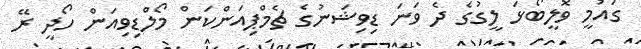
ގައުމީ ވޮލީބޯޅަ ލީގުގެ ދެ ވަނަ ޑިވިޝަނުގެ ޗެމްޕިއަންކަން މޯލްޑިވިއަން ހޯދީ ރޭ